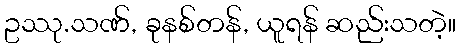
ဥဿု.သဏ်, ခုနစ်တန်, ယူရန် ဆည်းသတဲ့။